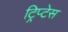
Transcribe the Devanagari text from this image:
ट्रिप्टेस